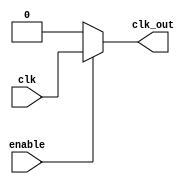
module clock_gating (
    input wire clk,        // Primary clock signal
    input wire enable,     // Enable signal for clock gating
    output wire clk_out    // Gated clock output
);

// Internal signals for clock gating
wire clk_enable; // Intermediate signal for gated clock logic

// Clock gating logic using transmission gates
assign clk_enable = enable ? clk : 1'b0; // If enable is high, pass clk; otherwise, hold low

// Using a simple combinational logic to create the gated clock
assign clk_out = (enable) ? clk : 1'b0;

endmodule